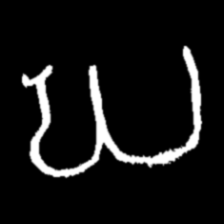
Pyu character \u2014 Myanmar letter: ဃ (romanized: gha)